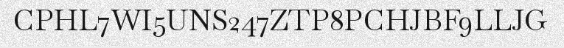
CPHL7WI5UNS247ZTP8PCHJBF9LLJG